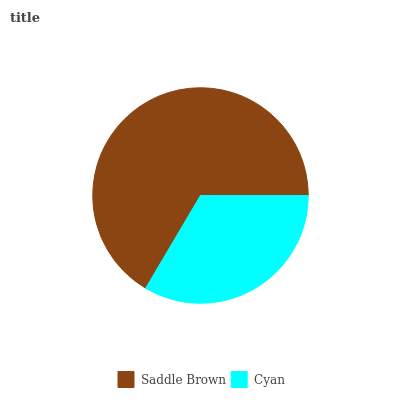
| Saddle Brown | Cyan |
 | --- | --- |
 | 66.6% | 33.4% |